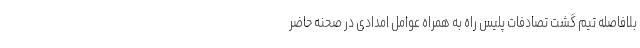
بلافاصله تیم گشت تصادفات پلیس راه به همراه عوامل امدادی در صحنه حاضر